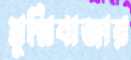
মুন্সিবাজার